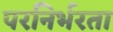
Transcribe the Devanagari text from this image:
परनिर्भरता